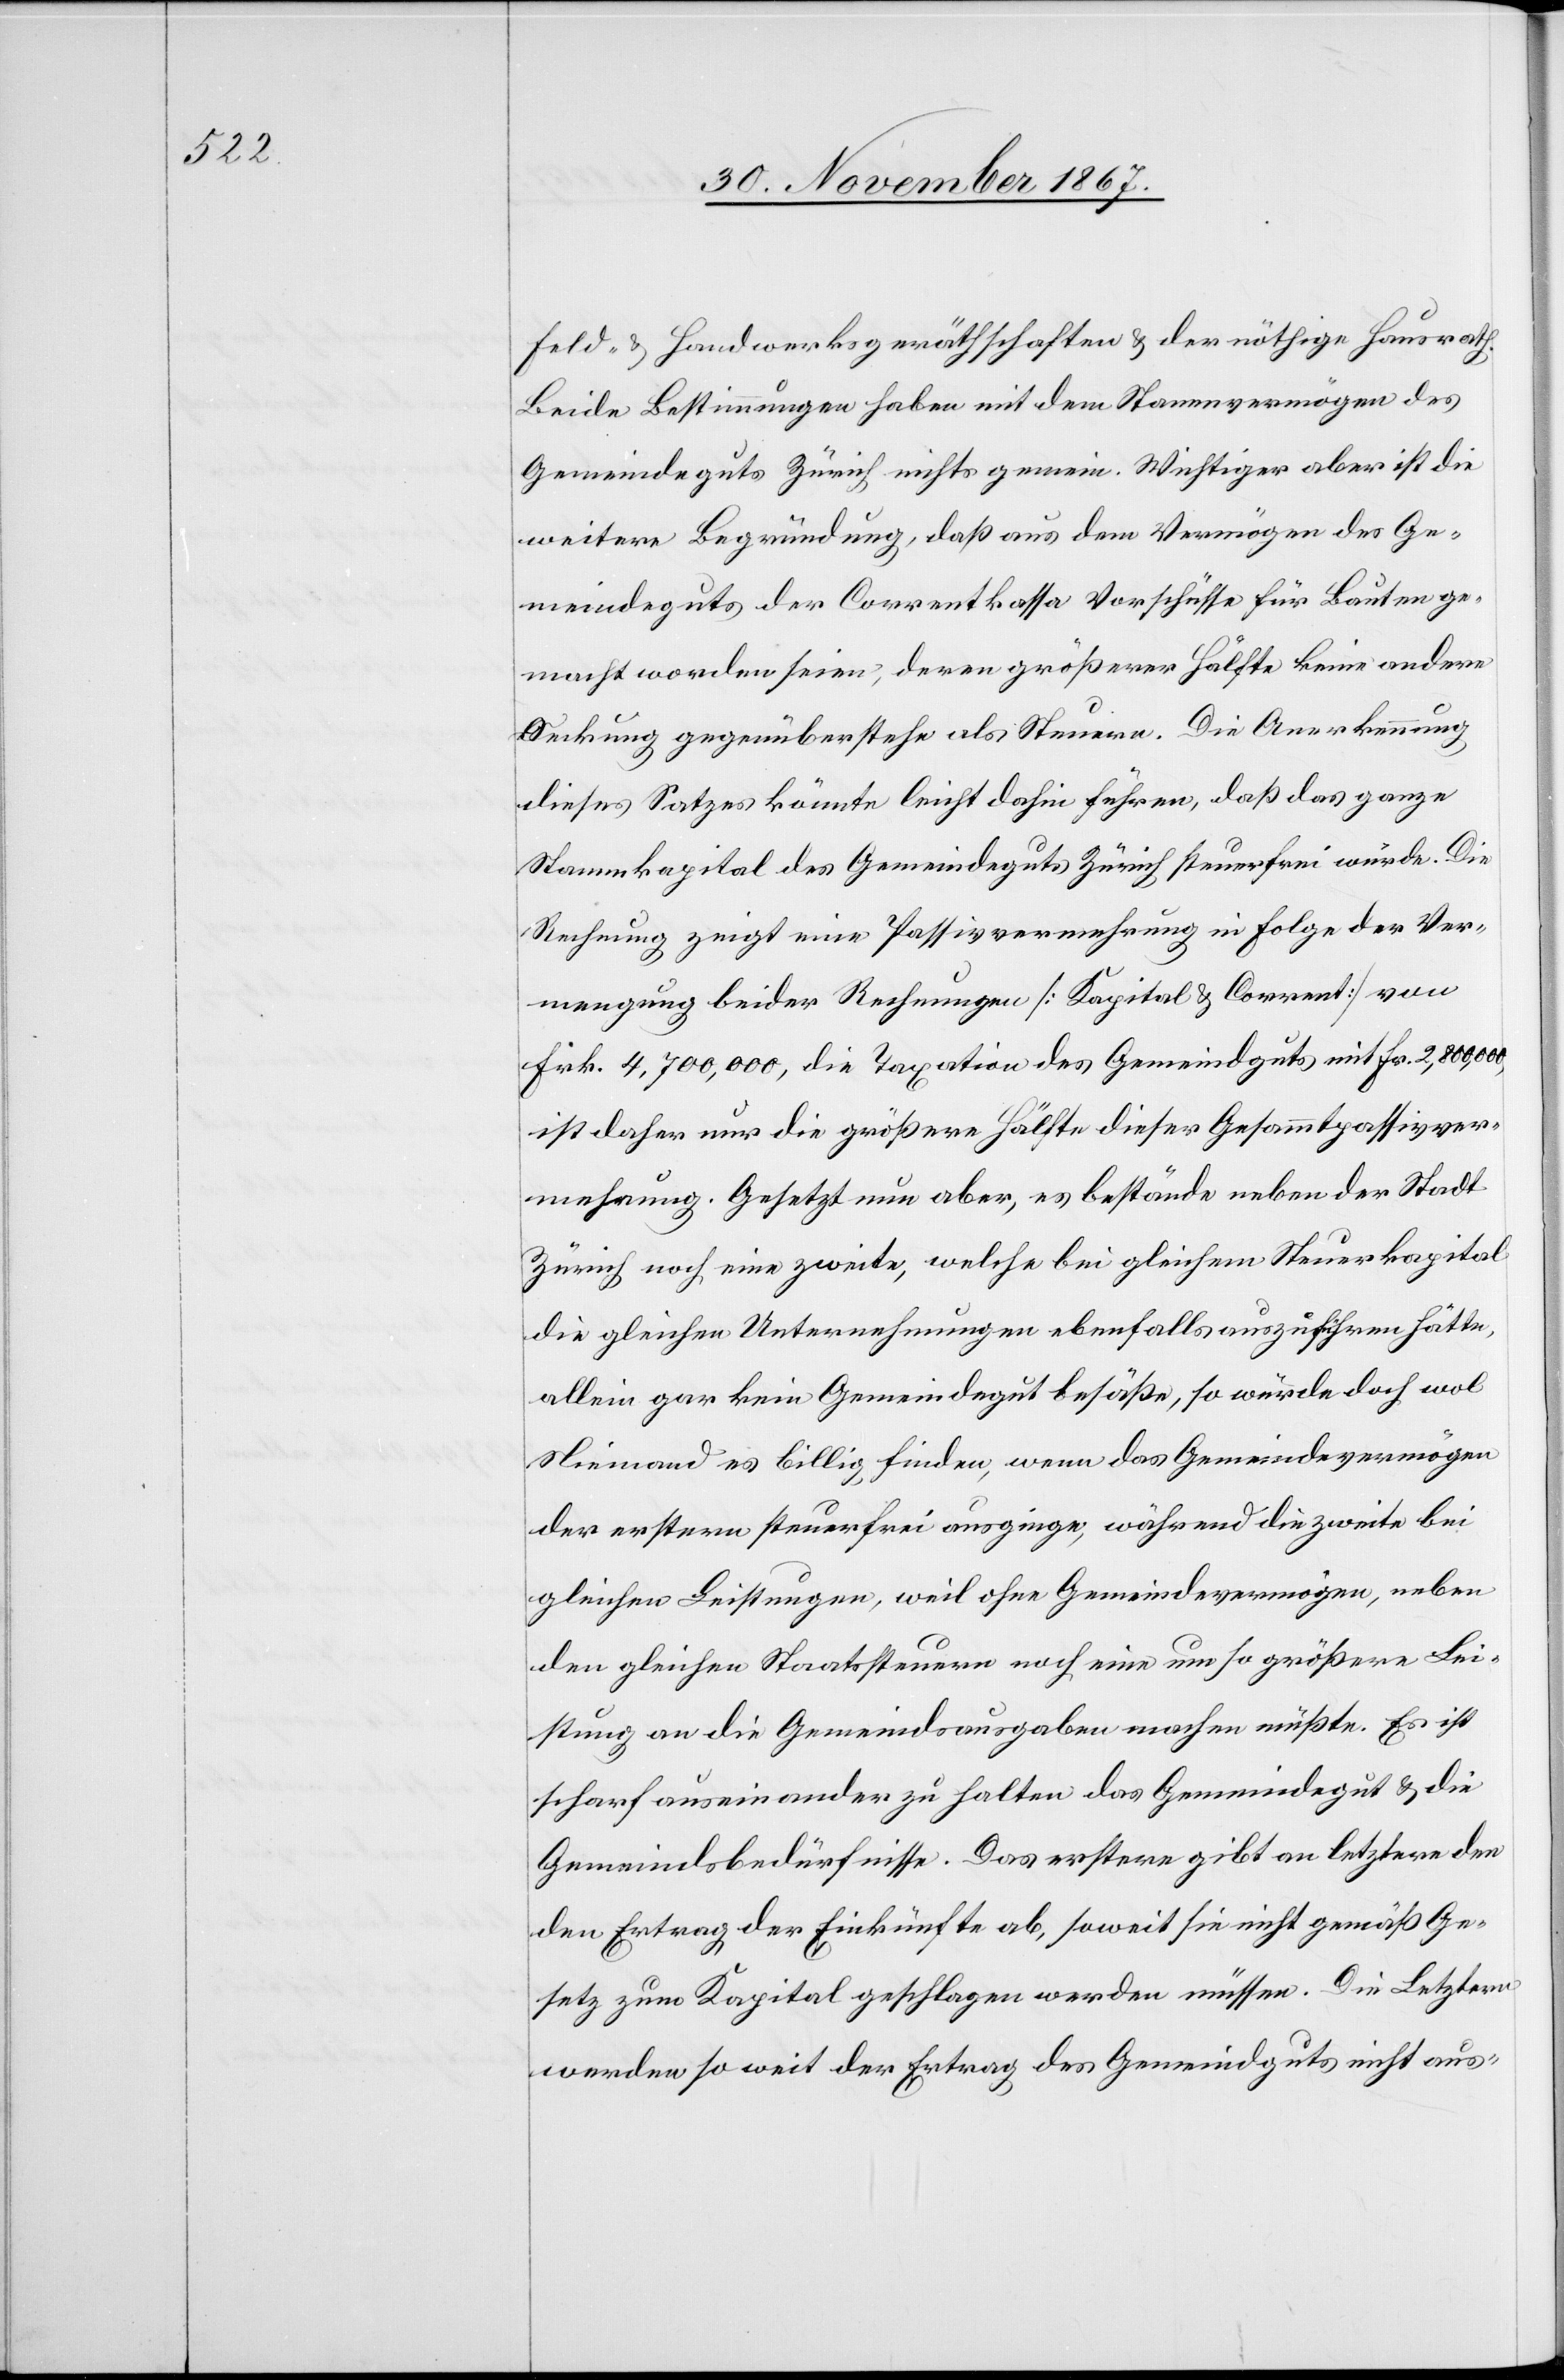
Feld- u. Handwerksgeräthschaften u. der nöthige Hausrath.
Beide Bestimmungen haben mit dem Stammvermögen des
Gemeindeguts Zürich nichts gemein. Wichtiger aber ist die
weitere Begründung, daß aus dem Vermögen des Ge¬
meindeguts der Correntkassa Vorschüsse für Bauten ge¬
macht worden seien, deren größerer Hälfte keine andere
Deckung gegenüberstehe als Steuern. Die Anerkennung
dieses Satzes könnte leicht dahin führen, daß das ganze
Stammkapital des Gemeindegutes Zürich steuerfrei würde. Die
Rechnung zeigt eine Passivvermehrung in Folge der Ver¬
mengung beider Rechnungen [Kapital u. Corrent] von
Frk. 4 700 000, u. die Taxation des Gemeindgutes mit Fr. 2 800 000
ist daher nur die größere Hälfte dieser Gesammtpassivver¬
mehrung. Gesetzt nun aber, es bestände neben der Stadt
Zürich noch eine zweite, welche bei gleichem Steuerkapital
die gleichen Unternehmungen ebenfalls auszuführen hätte,
allein gar kein Gemeindegut besaße, so würde doch wol
Niemand es billig finden, wenn das Gemeindevermögen
der erstern steuerfrei ausginge, während die zweite bei
gleichen Leistungen, weil ohne Gemeindevermögen, neben
den gleichen Staatssteuern noch eine um so größere Lei¬
stung an die Gemeindsausgaben machen müßte. Es ist
scharf auseinander zu halten das Gemeindegut u. die
Gemeindsbedürfnisse. Das erstere gibt an letztere den
Ertrag der Einkünfte ab, soweit sie nicht gemäß Ge¬
setz zum Kapital geschlagen werden müssen. Die Letztern
werden so weit der Ertrag des Gemeindgutes nicht aus-